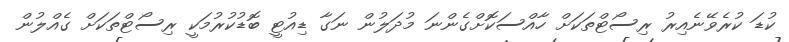
ކުޑަ ކުރެވޭނެއިރު ރިސޯޓްތަކަށް ހާއްސަކޮށްގެންނަ މުދަލުން ނަގާ ޑިއުޓީ ބޮޑުކުރުމަކީ ރިސޯޓްތަކަށް ގެއްލުން